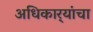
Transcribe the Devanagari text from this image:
अधिकार्‍यांचा